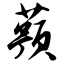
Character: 蓣